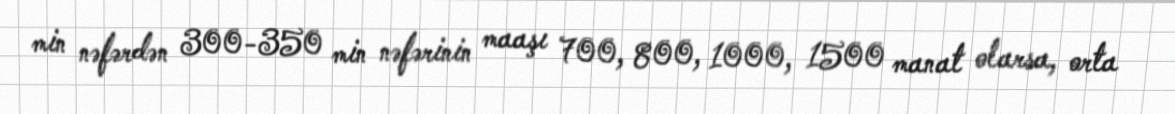
min nəfərdən 300-350 min nəfərinin maaşı 700, 800, 1000, 1500 manat olarsa, orta